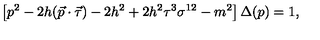
\left[ p ^ { 2 } - 2 h ( \vec { p } \cdot \vec { \tau } ) - 2 h ^ { 2 } + 2 h ^ { 2 } \tau ^ { 3 } \sigma ^ { 1 2 } - m ^ { 2 } \right] \Delta ( p ) = 1 ,